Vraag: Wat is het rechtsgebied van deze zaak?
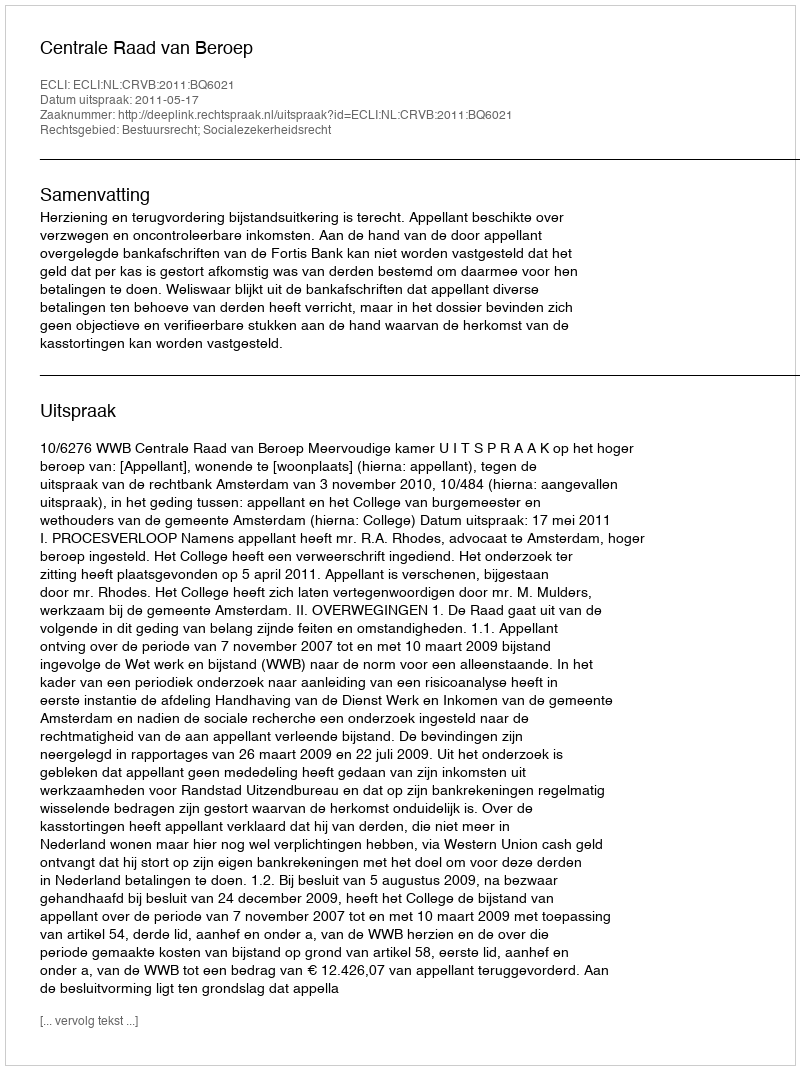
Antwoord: Bestuursrecht; Socialezekerheidsrecht